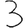
Digit: 3